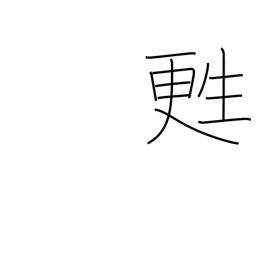
Meaning: be resuscitated